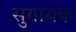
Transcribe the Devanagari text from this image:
सुगायक